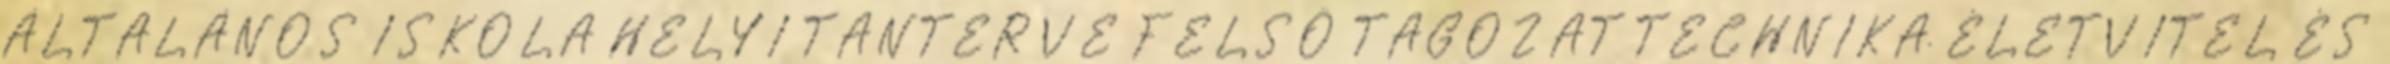
ÁLTALÁNOS ISKOLA HELYI TANTERVE FELSŐ TAGOZAT TECHNIKA, ÉLETVITEL ÉS